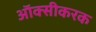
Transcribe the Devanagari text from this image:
ऑक्सीकरक